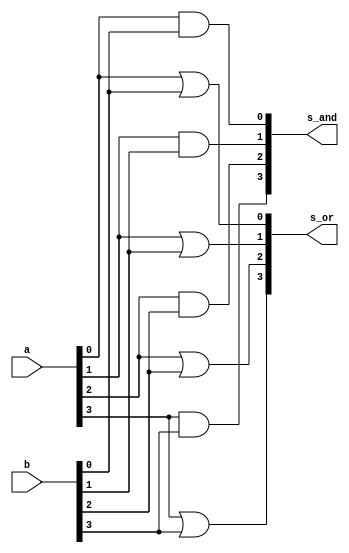
// -------------------------
// Exemplo0031 - F4
// Nome: Daniel Telles McGinnis
// -------------------------
// Previso:
// A sada sero as conjunes e as disjunes de cada bit dos
// dois operandos de 4 bits que servirem de entrada para f4.
// Teste 1:
// Entradas: [a = 0011], [b = 0101]
// Observaes da sada:
// A sada so duas linhas, uma para a conjuno feita bit a bit
// e outra para a disjuno feita bit a bit, como esperado.
// -------------------------
// f4_gate
// -------------------------
module f4 (output [3:0] s_and, output [3:0] s_or,
           input [3:0] a, input [3:0] b);
	and A0 (s_and[0], a[0], b[0]);
	and A1 (s_and[1], a[1], b[1]);
	and A2 (s_and[2], a[2], b[2]);
	and A3 (s_and[3], a[3], b[3]);

	or D0 (s_or[0], a[0], b[0]);
	or D1 (s_or[1], a[1], b[1]);
	or D2 (s_or[2], a[2], b[2]);
	or D3 (s_or[3], a[3], b[3]);
endmodule // f4

module test_f4;
	// ------------------------- definir dados
	reg [3:0] x;
	reg [3:0] y;
	wire [3:0] z_and;
	wire [3:0] z_or;
	f4 modulo (z_and, z_or, x, y);
	// ------------------------- parte principal
	initial begin
		$display("Exemplo0031 - Daniel Telles McGinnis - 435042");
		$display("Test LU's module");
		x = 4'b0011; y = 4'b0101;
		#1 $display("and(%3b, %3b) = %3b", x, y, z_and);
		#1 $display(" or(%3b, %3b) = %3b", x, y, z_or);
	end
endmodule // test_f4